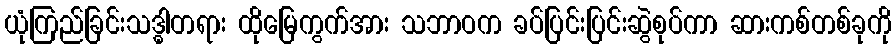
ယုံကြည်ခြင်းသဒ္ဓါတရား ထိုမြေကွက်အား သဘာဝက ခပ်ပြင်းပြင်းဆွဲစုပ်ကာ ဆားကစ်တစ်ခုကို